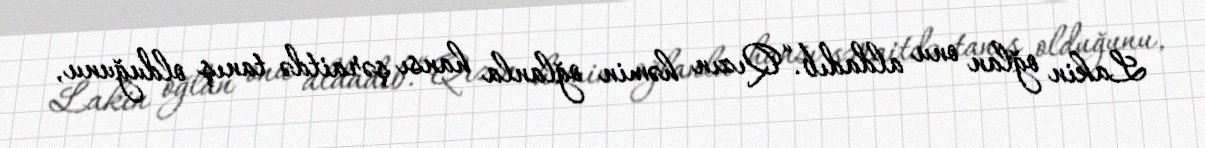
Lakin oğlan onu aldadıb.“Qızın həmin oğlanla hansı şəraitdə tanış olduğunu,